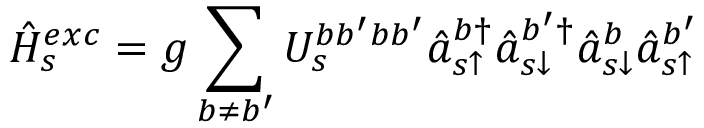
\hat { H } _ { s } ^ { e x c } = g \sum _ { b \neq b ^ { \prime } } U _ { s } ^ { b b ^ { \prime } b b ^ { \prime } } \hat { a } _ { s \uparrow } ^ { b \dagger } \hat { a } _ { s \downarrow } ^ { b ^ { \prime } \dagger } \hat { a } _ { s \downarrow } ^ { b } \hat { a } _ { s \uparrow } ^ { b ^ { \prime } }